Report of the Hyderabad Chloroform Commission
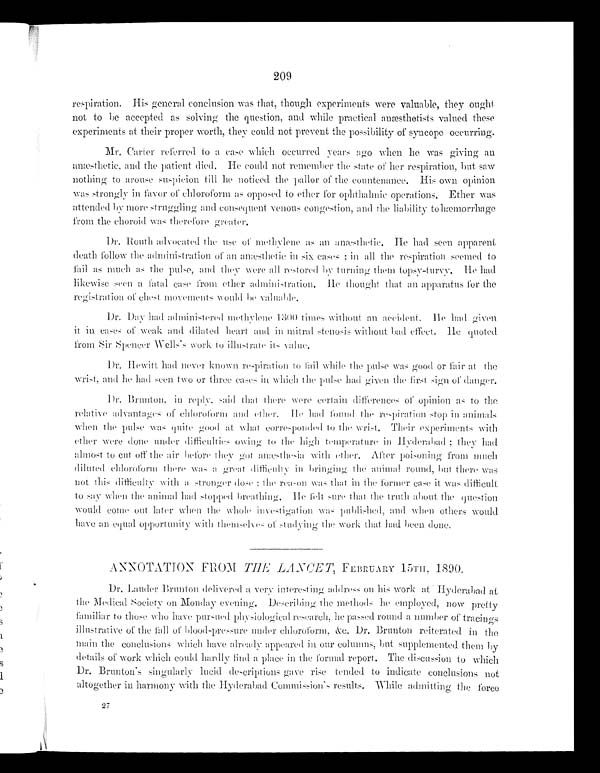
209
respiration. His general conclusion was that, though experiments were valuable, they ought
not to be accepted as solving the question, and while practical anæsthetists valued these
experiments at their proper worth, they could not prevent the possibility of syncope occurring.
Mr. Carter referred to a case which occurred years ago when he was giving an
anæsthetic, and the patient died. He could not remenber the state of her respiration, but saw
nothing to arouse suspicion till he noticed the p a l l o r
o f t h e c o u n t e n a n c e . H i s o w n o p i n i o n
was strongly in favor of chloroform as opposed to ether for ophthalmic operations. Ether was
attended bv more struggling and consequent venous congestion, and the liability to hæmorrhage
from the choroid was therefore greater.
Dr. Routh advocated the use of methylene as an anæsthetic. He had seen apparent
death follow the administration of an anæsthetic in six cases ; in all the respiration seemed to
fail as much as the pulse, and they were all restored by turning them topsy-turvy. He had
likewise seen a fatal case from ether administration. He thought that all apparatus for the
registration of chest movements would be valuable.
Dr.Day had administered methylene 1300 times without an accident. He had given
it in cases of weak and dilated heart and in mitral stenosis without bad effect. He quoted
from Sir Spencer Wells's work to illustrate its value.
Dr.Hewitt had never known respiration to
while the pulse was good or fair at the
wrist, and he had seen two or three cases in which the pulse had given the first sign of danger.
Dr. Brunton, i n r e p l y , s a i d t h a t t h e n w e r e c e r t a i n d i f f e r e n c e s o f o p i n i o n a s t o t h e
relative advantages of chloroform and ether. He had found the respiration stop in animals
when the pulse was quite good at what corresponded to the wrist. Their experiments with
ether were done un der difficulties owing to the t e m p e r a t u r e i n H y
d e r a b a d t h e
y h a d
almost to cut off the air before the y got anæsthetic with ether. After poi s oning
f r o m m u c h
diluted chloroform there was a great difficulty i
n b r i n g i n g t h e a n i m a l r o u n d , b u t t h e r e w a s
not this difficulty with a stronger dose ; the reason wast h a t i n t h e
f o r m e r c a s e
i t
w a s
d i f f i c u l t
to say when the animal had stopped breathing. H e felt sure that the truth about the question
would come out later when the whole investigation was published, and when others would
have an equal opportunity with themselves of studying the work that had been done.
ANNOTATION FROM THE LANCET, FEBRUARY 15TH, 1890.
Dr. Lander VBrunton delivered a ver y interest ing address on his work at Hyderabad at
the Medical Societv on Mondaye v e n i n g .
D e s e r i b i n g
t h e
m e t h o d s h e
e m p l o y e d , n
o w p r e t t y
afmiliar to those who have pursued physiological research, he passed round a number of tracings
illustrative of t he fall of' blood -pressure under chloroform, &c. Dr. Brunton reiterated in the
main the conclusions which have alread y appeared in our columns, bu t supplemented them b y
details of work which could hardly find a p l a c e i n t h e f o r m a l r e p o r t . T h e d i s c u s s i o n t o w h i ch
Dr. Brunton's singularl y lucid descriptions gave rise tended to indicate conclusions not
altogether in harmonv with the Hyderabad Commission ' s re sults, While admitting the force
27